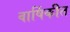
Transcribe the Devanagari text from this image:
वार्षिकीत